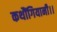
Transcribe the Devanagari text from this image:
कथौंगियानी।।